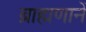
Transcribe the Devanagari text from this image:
ब्राह्मणानें